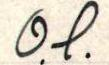
O.l.